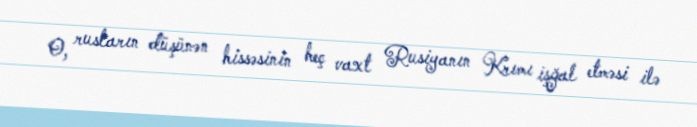
O, rusların düşünən hissəsinin heç vaxt Rusiyanın Krımı işğal etməsi ilə